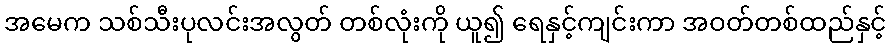
အမေက သစ်သီးပုလင်းအလွတ် တစ်လုံးကို ယူ၍ ရေနှင့်ကျင်းကာ အဝတ်တစ်ထည်နှင့်